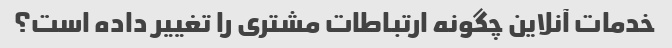
خدمات آنلاین چگونه ارتباطات مشتری را تغییر داده است؟